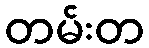
တမ်းတ